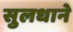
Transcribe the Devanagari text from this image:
सुलधाने